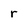
Character: r